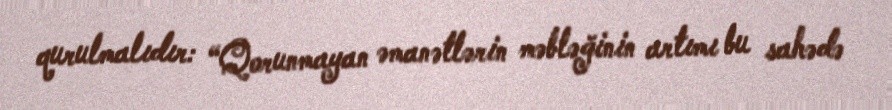
qurulmalıdır: “Qorunmayan əmanətlərin məbləğinin artımı bu sahədə